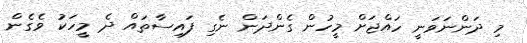
މި ދަންނަވަނީ ހައްޖަށް މީހުން ގެންދަން ނެގި ފައިސާތައް ދެ މީހަކު ވެގެން